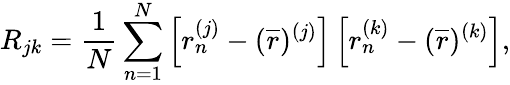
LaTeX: R_{jk}=\frac{1}{N}\sum_{n=1}^{N}\left[r_{n}^{(j)}-(\overline{{r}})^{(j)}\right]\left[r_{n}^{(k)}-(\overline{{r}})^{(k)}\right],